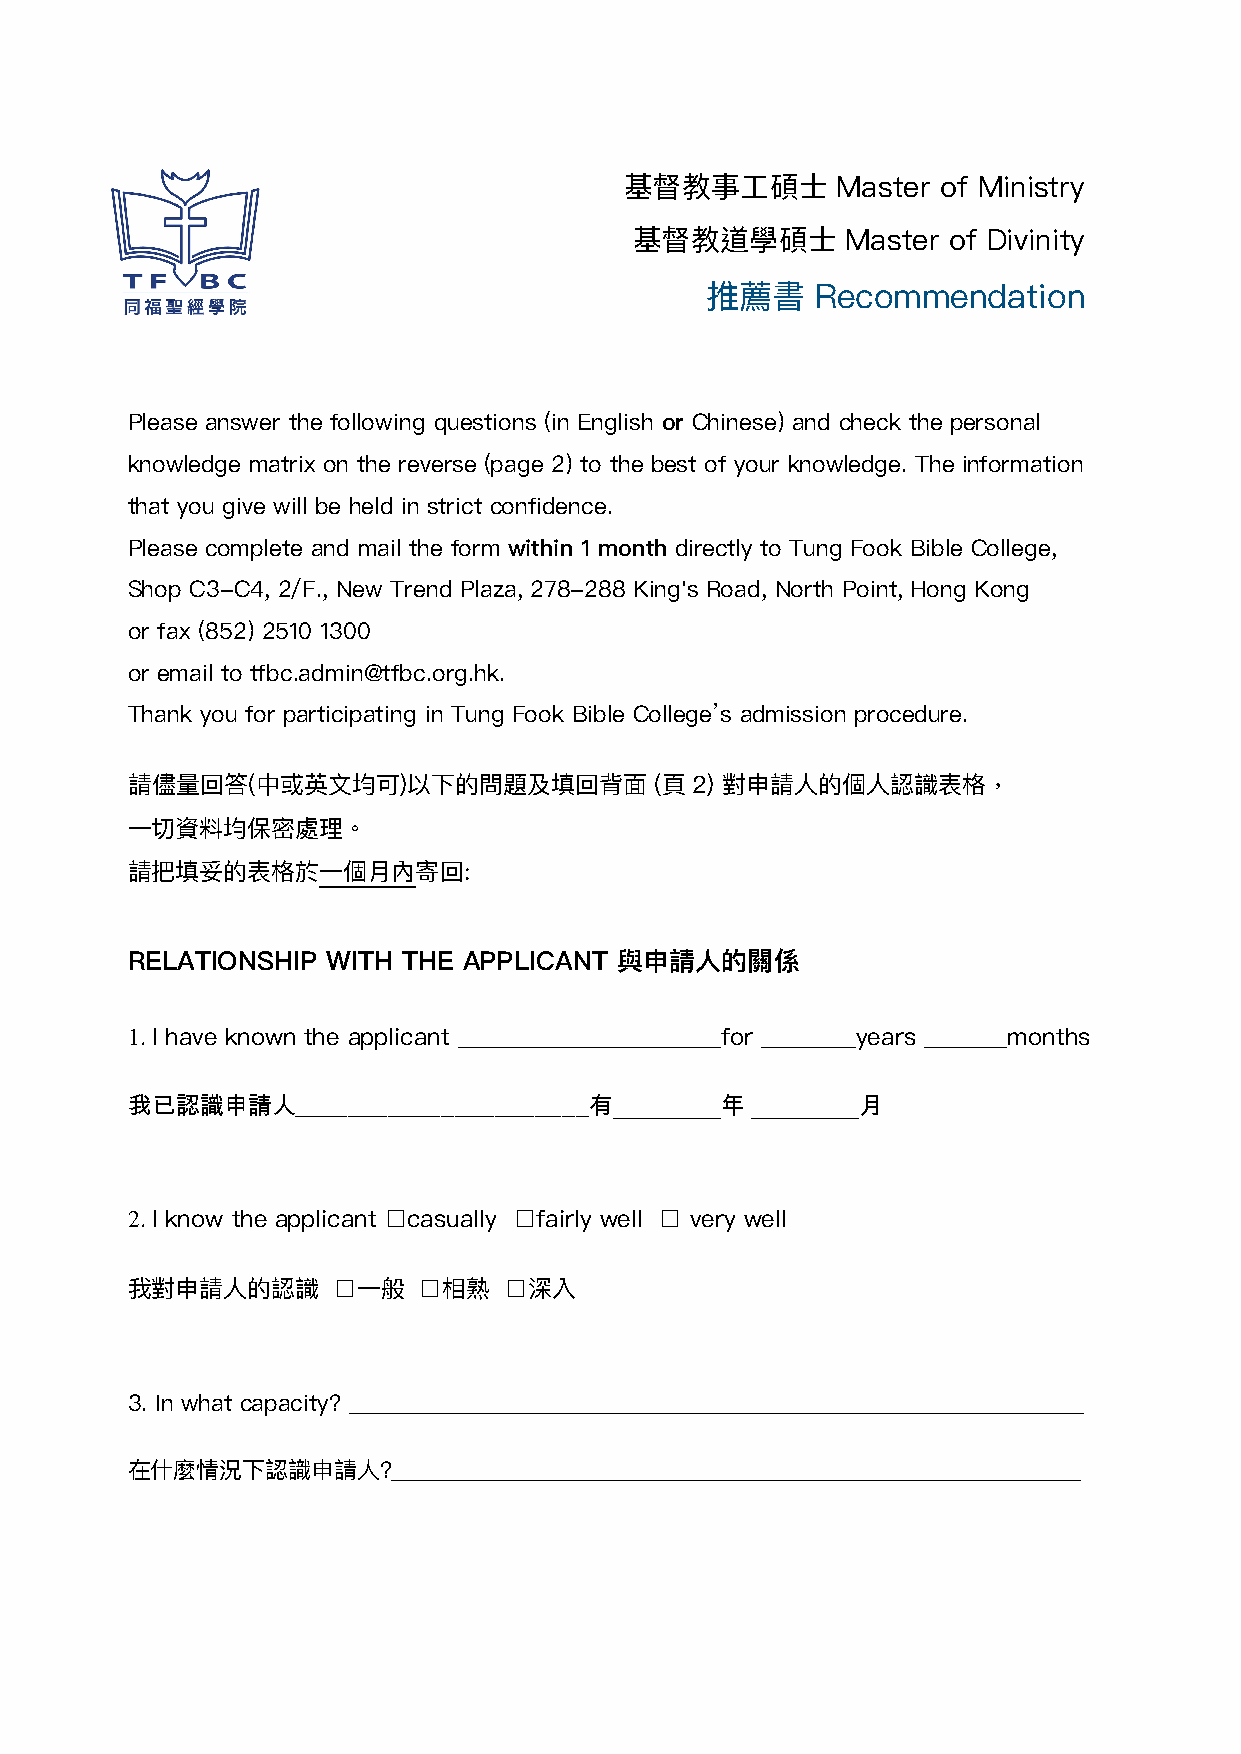
基督教事⼯工碩⼠士     Master of Ministry
 基督教道學碩⼠士      Master of Divinity
 推薦書    Recommendation
 Please answer the following questions (in English or Chinese) and check the personal
 knowledge matrix on the reverse (page 2) to the best of your knowledge. The information
 that you give will be held in strict confidence.
 Please complete and mail the form within 1 month directly to Tung Fook Bible College,
 Shop C3-C4, 2/F., New Trend Plaza, 278-288 King's Road, North Point, Hong Kong
 or fax (852) 2510 1300
 or email to tfbc.admin@tfbc.org.hk.
 Thank you for participating in Tung Fook Bible College’s admission procedure.
 請儘量量回答(中或英⽂文均可)以下的問題及填回背⾯面         (⾴頁2) 對申請⼈人的個⼈人認識表格，
 ⼀一切資料料均保密處理理。
 請把填妥的表格於⼀一個⽉月內寄回:
 香港北⾓角英皇道278-288號新時代廣塲2樓C3-C4舖           或
 RELATIONSHIP  WITH THE APPLICANT 與申請⼈人的關係
 1. I have known the applicant ______________________for ________years _______months
 我已認識申請人______________________有_________年  _________月
 2. I know the applicant □casually □fairly well □ very well
 我對申請⼈人的認識     □⼀一般  □相熟  □深入
 3. In what capacity? ________________________________________________________________
 在什什麼情況下認識申請⼈人?____________________________________________________________